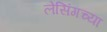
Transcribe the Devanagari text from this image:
लेसिंगच्या